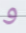
و